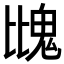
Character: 𩲖